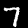
Label: 7